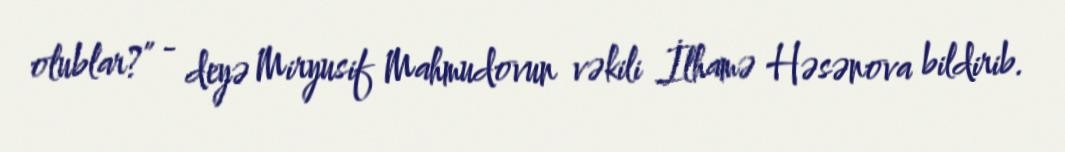
olublar?” - deyə Miryusif Mahmudovun vəkili İlhamə Həsənova bildirib.